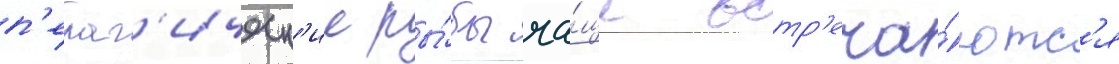
п'елаг'ическ'ие ры́бы ча́ще встр'еча́ютс'я